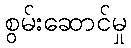
စွမ်းဆောင်မှု